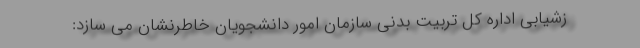
زشیابی اداره کل تربیت بدنی سازمان امور دانشجویان خاطرنشان می سازد: